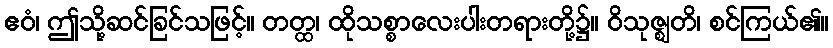
ဧဝံ၊ ဤသို့ဆင်ခြင်သဖြင့်။ တတ္ထ၊ ထိုသစ္စာလေးပါးတရားတို့၌။ ဝိသုဇ္ဈတိ၊ စင်ကြယ်၏။